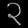
Digit: ၃